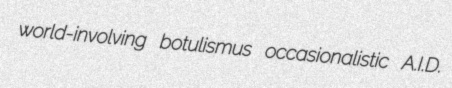
world-involving botulismus occasionalistic A.I.D.